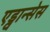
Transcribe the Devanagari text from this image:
एड्वान्सेस